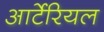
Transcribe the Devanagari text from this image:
आर्टेरियल